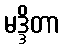
မဒ္ဒိတာ